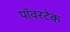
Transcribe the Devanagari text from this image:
पॉवरटेक